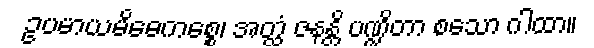
ဥပမာယမိဓေကစ္စေ၊ အတ္ထံ ဇနန္တိ ပဏ္ဍိတာ စသော ဂါထာ။